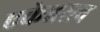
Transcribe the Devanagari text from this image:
एकेश्वरत्व